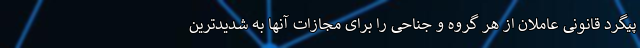
پیگرد قانونی عاملان از هر گروه و جناحی را برای مجازات آنها به شدیدترین